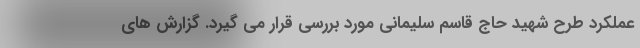
عملکرد طرح شهید حاج قاسم سلیمانی مورد بررسی قرار می گیرد. گزارش های